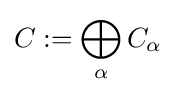
C:=\bigoplus _{\alpha }C_{\alpha }